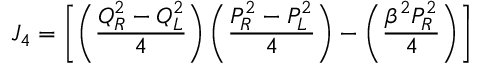
J _ { 4 } = \left[ \left( { \frac { Q _ { R } ^ { 2 } - Q _ { L } ^ { 2 } } { 4 } } \right) \left( { \frac { P _ { R } ^ { 2 } - P _ { L } ^ { 2 } } { 4 } } \right) - \left( { \frac { \beta ^ { 2 } P _ { R } ^ { 2 } } { 4 } } \right) \right]